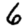
Digit: 6